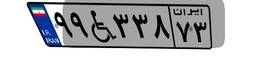
۹۹W۳۳۸۷۳